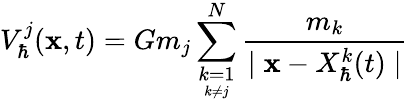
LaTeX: V_{\hbar}^{j}(\textbf{x},t)=Gm_{j}\sum_{\underset{k\neq j}{k=1}}^{N}\frac{m_{k}}{\mid\textbf{x}-X_{\hbar}^{k}(t)\mid}